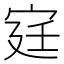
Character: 𫳋